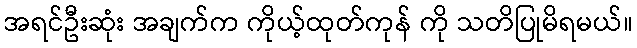
အရင်ဦးဆုံး အချက်က ကိုယ့်ထုတ်ကုန် ကို သတိပြုမိရမယ်။